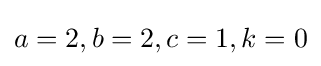
a=2,b=2,c=1,k=0